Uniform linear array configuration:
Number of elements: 4
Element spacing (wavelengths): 0.5
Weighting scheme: hamming
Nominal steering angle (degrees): -15
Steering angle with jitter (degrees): -16.05
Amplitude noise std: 0.05
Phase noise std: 0.05

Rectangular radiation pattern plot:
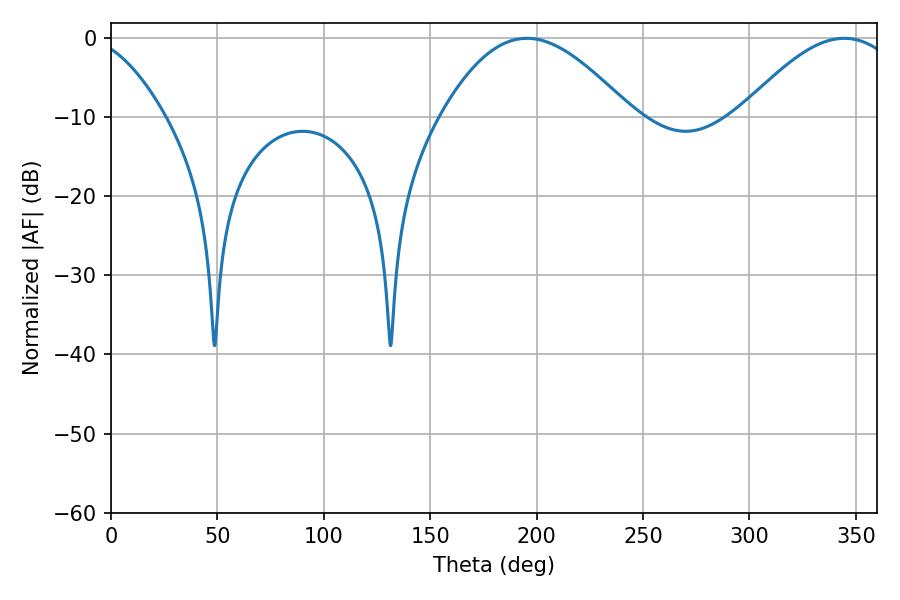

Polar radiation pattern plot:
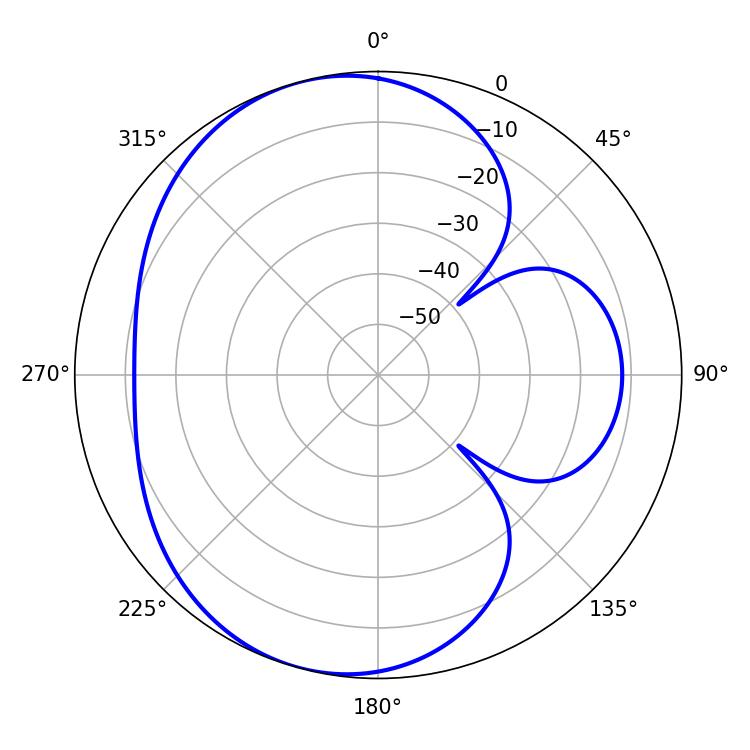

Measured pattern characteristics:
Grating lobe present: FALSE
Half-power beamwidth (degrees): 48.24
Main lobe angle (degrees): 195.48